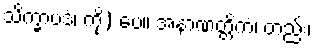
သိက္ခာပဒံ၊ ကို) ပေ။ အနာဏတ္တိကံ၊ တည်း၊